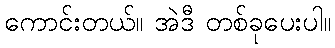
ကောင်းတယ်။ အဲဒီ တစ်ခုပေးပါ။